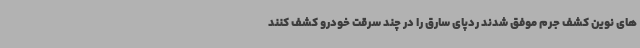
های نوین کشف جرم موفق شدند ردپای سارق را در چند سرقت خودرو کشف کنند